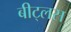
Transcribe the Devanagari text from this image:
बीट्लस